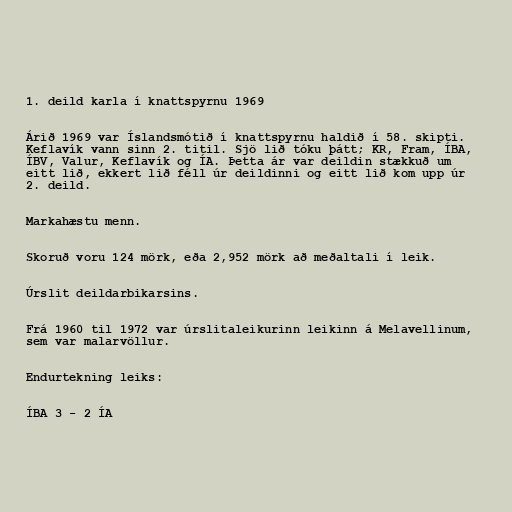
1. deild karla í knattspyrnu 1969

Árið 1969 var Íslandsmótið í knattspyrnu haldið í 58. skipti.
Keflavík vann sinn 2. titil. Sjö lið tóku þátt; KR, Fram, ÍBA,
ÍBV, Valur, Keflavík og ÍA. Þetta ár var deildin stækkuð um
eitt lið, ekkert lið féll úr deildinni og eitt lið kom upp úr
2. deild.

Markahæstu menn.

Skoruð voru 124 mörk, eða 2,952 mörk að meðaltali í leik.

Úrslit deildarbikarsins.

Frá 1960 til 1972 var úrslitaleikurinn leikinn á Melavellinum,
sem var malarvöllur.

Endurtekning leiks:

ÍBA 3 - 2 ÍA